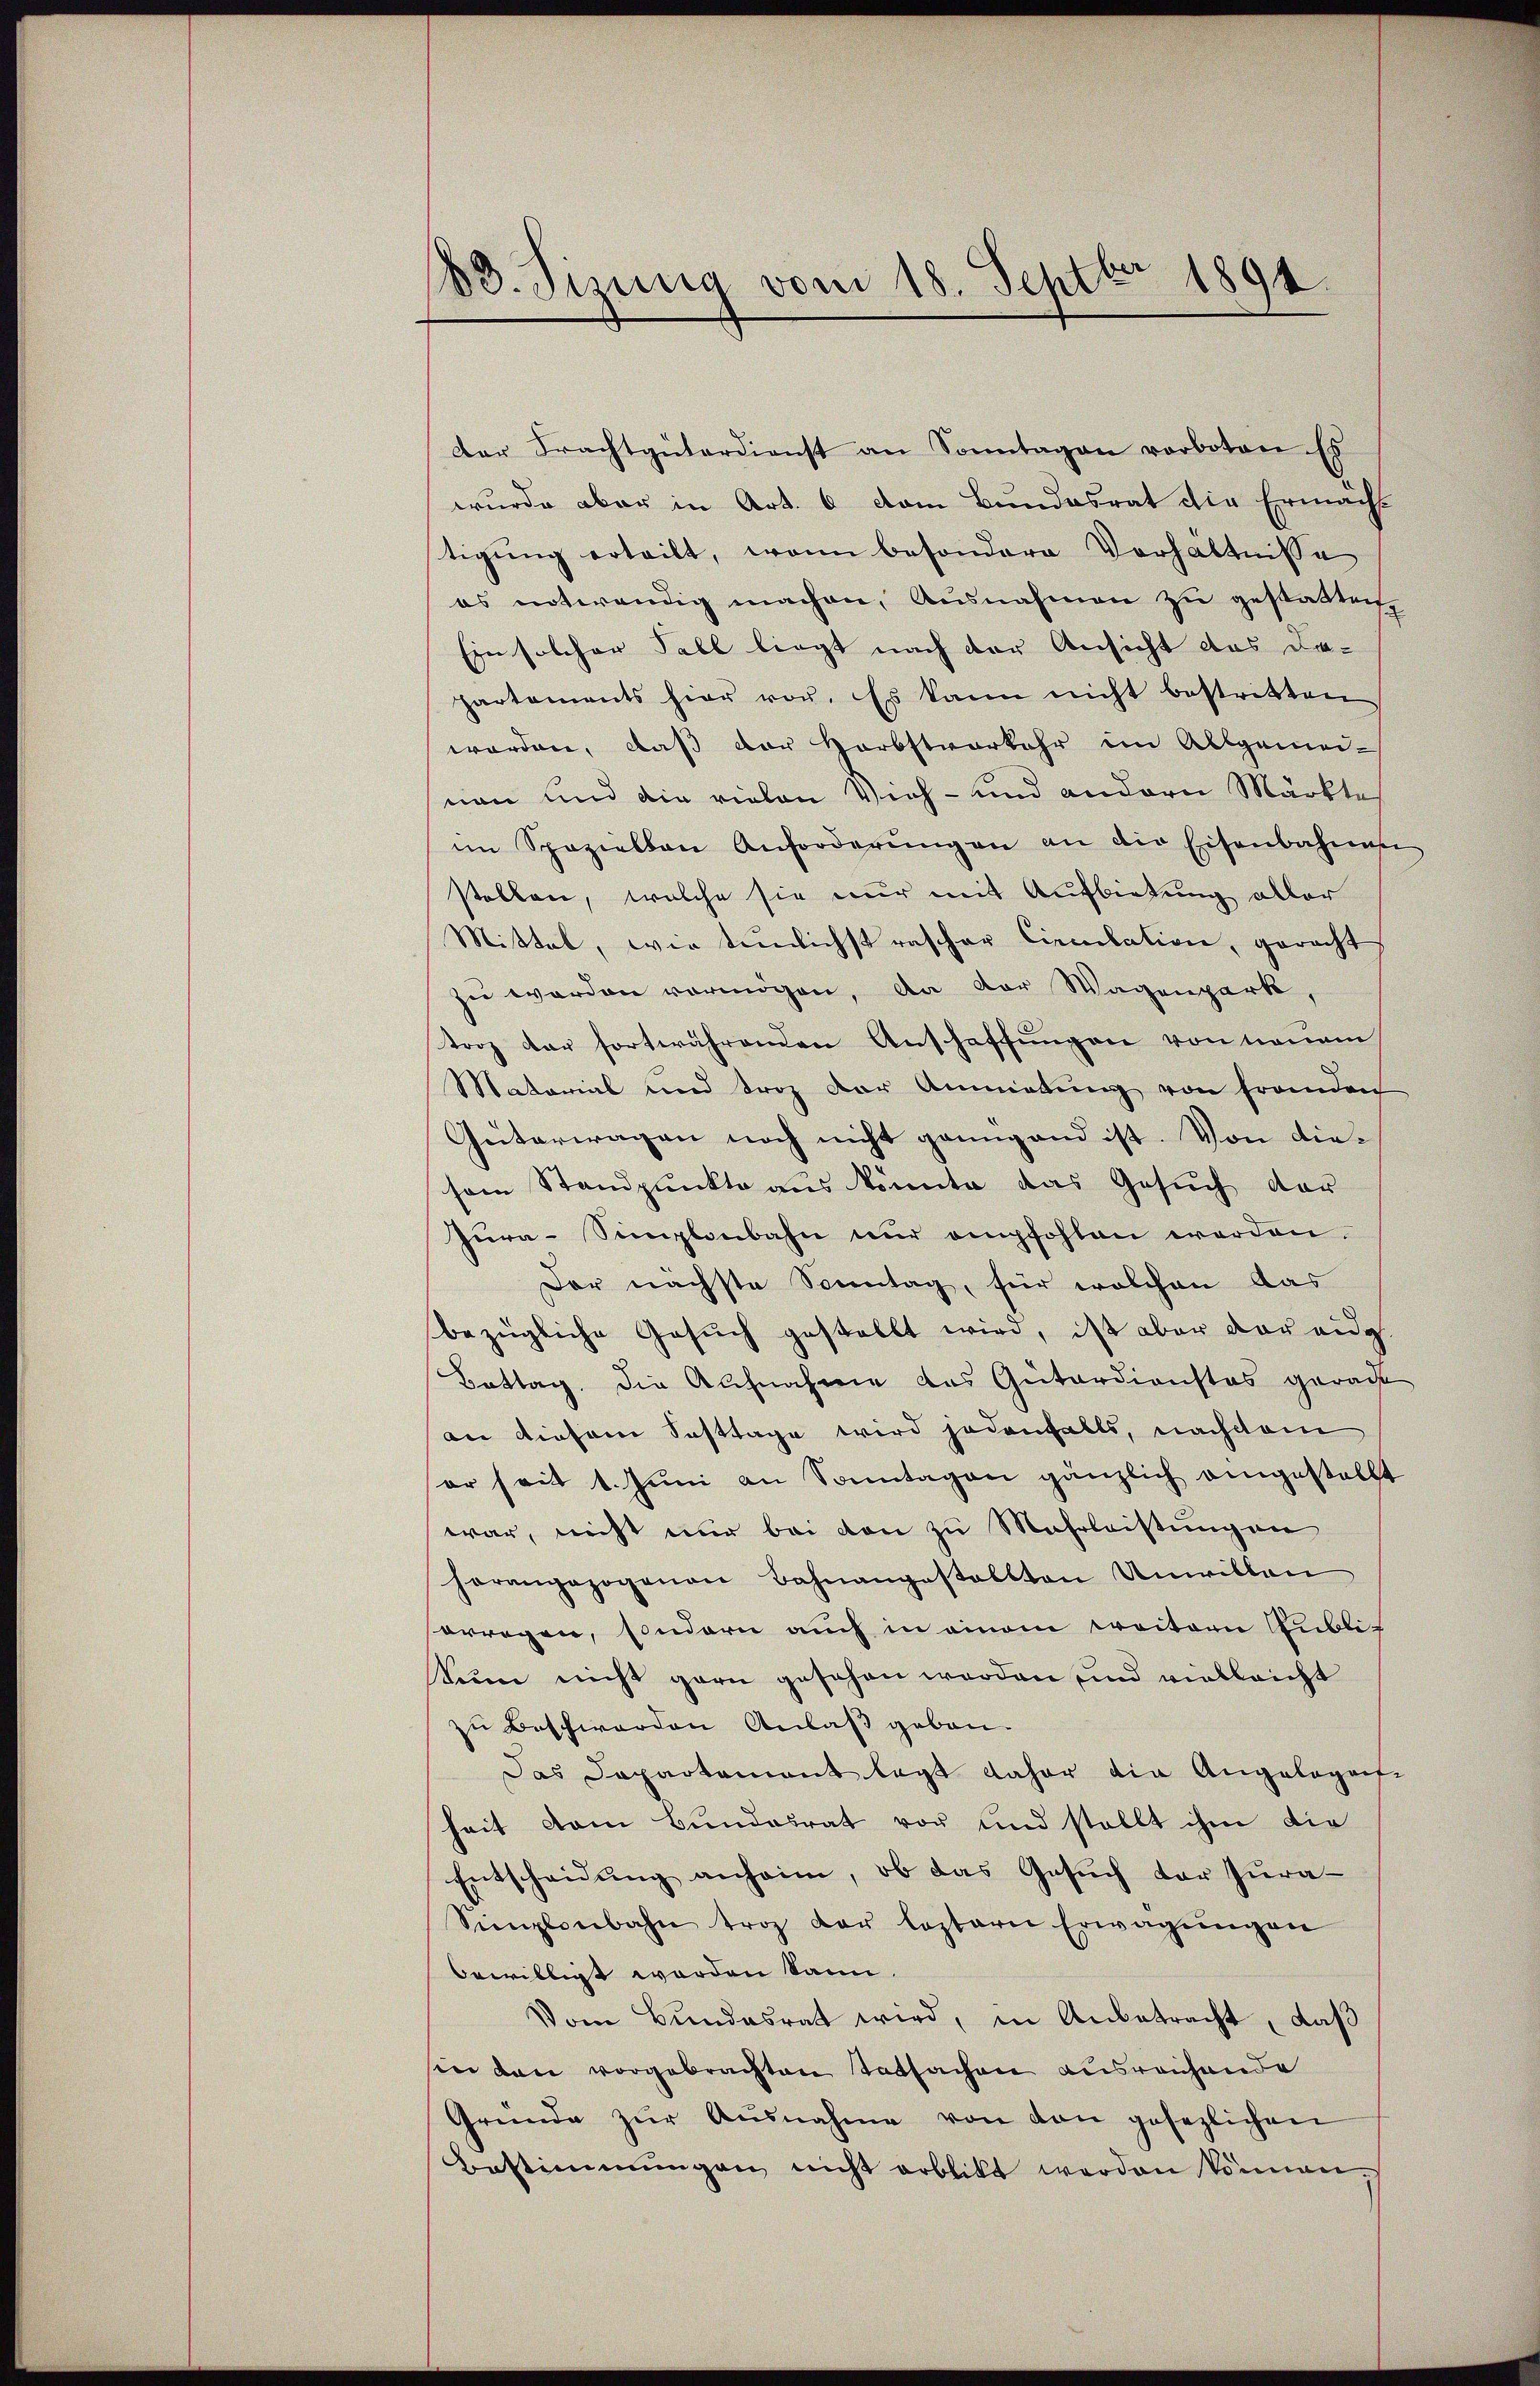
83. Fizung vom 18. Septbr 1891.

der Frachtgüterdienst an Sonntagen verboten. Es
wurde aber in Art. 6 vom Bundesrat die Ermächt
tigung erteilt, wenn besondere Verhältnisse
es notwendig machen, Ausnahmen zu gestatten,
Ein solcher Fall liegt nach der Ansicht das Da-
partements hier von. Es kann nicht bestritten
worden, daß der Herbstverkehr im Allgemei-
nen und die vielen Vieh- und andern Märkte
im Speziellen Anforderŭngen an die Eisenbahnen
stellen, welche sie nur mit Aufbietung aller
Mittel, wie tunlichst rascher Circulation, gerecht
zŭ werden vermögen, da der Wagenpark,
troz der fortwährenden Anschaffungen von neuem
Matorial und trotz der Anmietung von franden
Güterwagen noch nicht genügend ist. Von diesem Standpunkte aus könnte das Gesuch der
Zŭra-Simplonbahn nur empfohlen werden.
Der nächste Sonntag, für welchen das
bezügliche Gesŭch gestellt wird, ist aber der eidg.
Bottag. Die Aufnahme das Güterdienstes gerade
an diesem Fasttage wird jedenfalls, nachdem
or seit 1. Juni an Sonntagen gänzlich eingestellt
war, nicht nur bei von zu Mahrleistungen
herangezogenen Bahnangestellten Unwillen
orregen, sondern auch in einem weitern Gubliz
Seien nicht garn gesehen worden und vielleicht
zu Beschwerden Anlaß gebau¬
Das Departement legt daher die Angelegen-
heit vom Bundesrat vor und stellt ihm die
Entscheidŭng anheim, ob das Gesŭch der Jura-
Simplonbahn trag der leztern Erwägŭngen
bewilligt worden kann.
Vom Bundesrat wird, in Anbetracht, daß
sin den vorgebrachten Tatsachen ausreichende
Gründe zŭr Aŭsnahme von den gesezlichen
Bestimmungen nicht erblickt werden können.